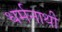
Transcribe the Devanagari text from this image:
धर्मनाथी